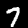
Label: 7